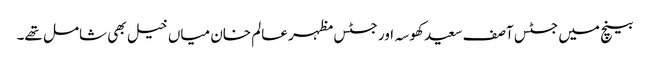
بینچ میں جسٹس آصف سعید کھوسہ اور جسٹس مظہر عالم خان میاں خیل بھی شامل تھے۔